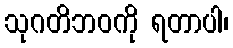
သုဂတိဘဝကို ရတာပါ၊